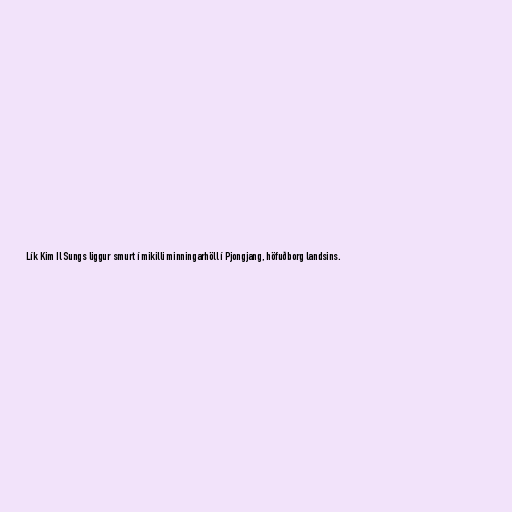
Lík Kim Il Sungs liggur smurt í mikilli minningarhöll í Pjongjang, höfuðborg landsins.